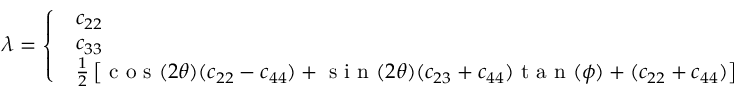
\lambda = \left\{ \begin{array} { l l } { \begin{array} { l l } { c _ { 2 2 } } & { \textrm { i f } \phi \; \textrm { m o d } \; 1 8 0 = 0 } \\ { c _ { 3 3 } } & { \textrm { i f } \phi \; \textrm { m o d } \; 1 8 0 = 9 0 } \\ { \frac { 1 } { 2 } \left[ \textrm { c o s } ( 2 \theta ) ( c _ { 2 2 } - c _ { 4 4 } ) + \textrm { s i n } ( 2 \theta ) ( c _ { 2 3 } + c _ { 4 4 } ) \textrm { t a n } ( \phi ) + ( c _ { 2 2 } + c _ { 4 4 } ) \right] } & { \textrm { o t h e r w i s e } } \end{array} } \end{array} \right.